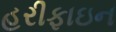
હરીફાઇન